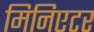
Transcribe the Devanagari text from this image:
मिनिएटर